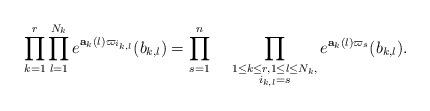
LaTeX: \begin{align*}\prod_{k=1}^r \prod_{l=1}^{N_k} e^{\mathbf{a}_k(l) \varpi_{i_{k,l}}}(b_{k,l})= \prod_{s=1}^n ~~~ \prod_{\substack{ 1 \leq k \leq r, 1 \leq l \leq N_k, \\ i_{k,l} = s}} e^{\mathbf{a}_{k}(l) \varpi_s} (b_{k,l}).\end{align*}